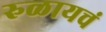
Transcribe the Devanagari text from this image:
रुळायचं